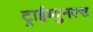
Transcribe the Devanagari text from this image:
ट्राईब्युनल्स